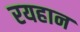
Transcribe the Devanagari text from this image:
रयहान